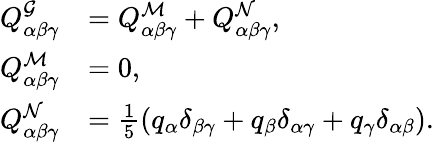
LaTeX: \begin{array}{rl}{Q_{\alpha\beta\gamma}^{\mathcal{G}}}&{=Q_{\alpha\beta\gamma}^{\mathcal{M}}+Q_{\alpha\beta\gamma}^{\mathcal{N}},}\\ {Q_{\alpha\beta\gamma}^{\mathcal{M}}}&{=0,}\\ {Q_{\alpha\beta\gamma}^{\mathcal{N}}}&{=\frac{1}{5}\left(q_{\alpha}\delta_{\beta\gamma}+q_{\beta}\delta_{\alpha\gamma}+q_{\gamma}\delta_{\alpha\beta}\right).}\end{array}